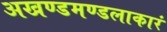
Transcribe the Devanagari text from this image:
अखण्डमण्डलाकारं